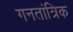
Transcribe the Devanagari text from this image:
गनतांत्रिक